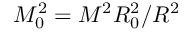
M _ { 0 } ^ { 2 } = M ^ { 2 } R _ { 0 } ^ { 2 } / R ^ { 2 }